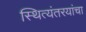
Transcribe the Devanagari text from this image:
स्थित्यंतरयांचा